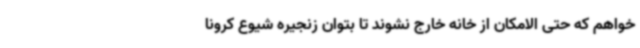
خواهم که حتی الامکان از خانه خارج نشوند تا بتوان زنجیره شیوع کرونا